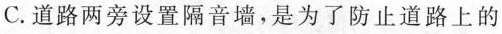
C.道路两旁设置隔音墙，是为了防止道路上的